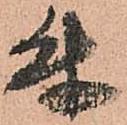
付